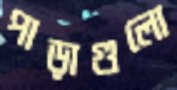
পাড়াগুলো